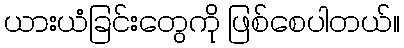
ယားယံခြင်းတွေကို ဖြစ်စေပါတယ်။